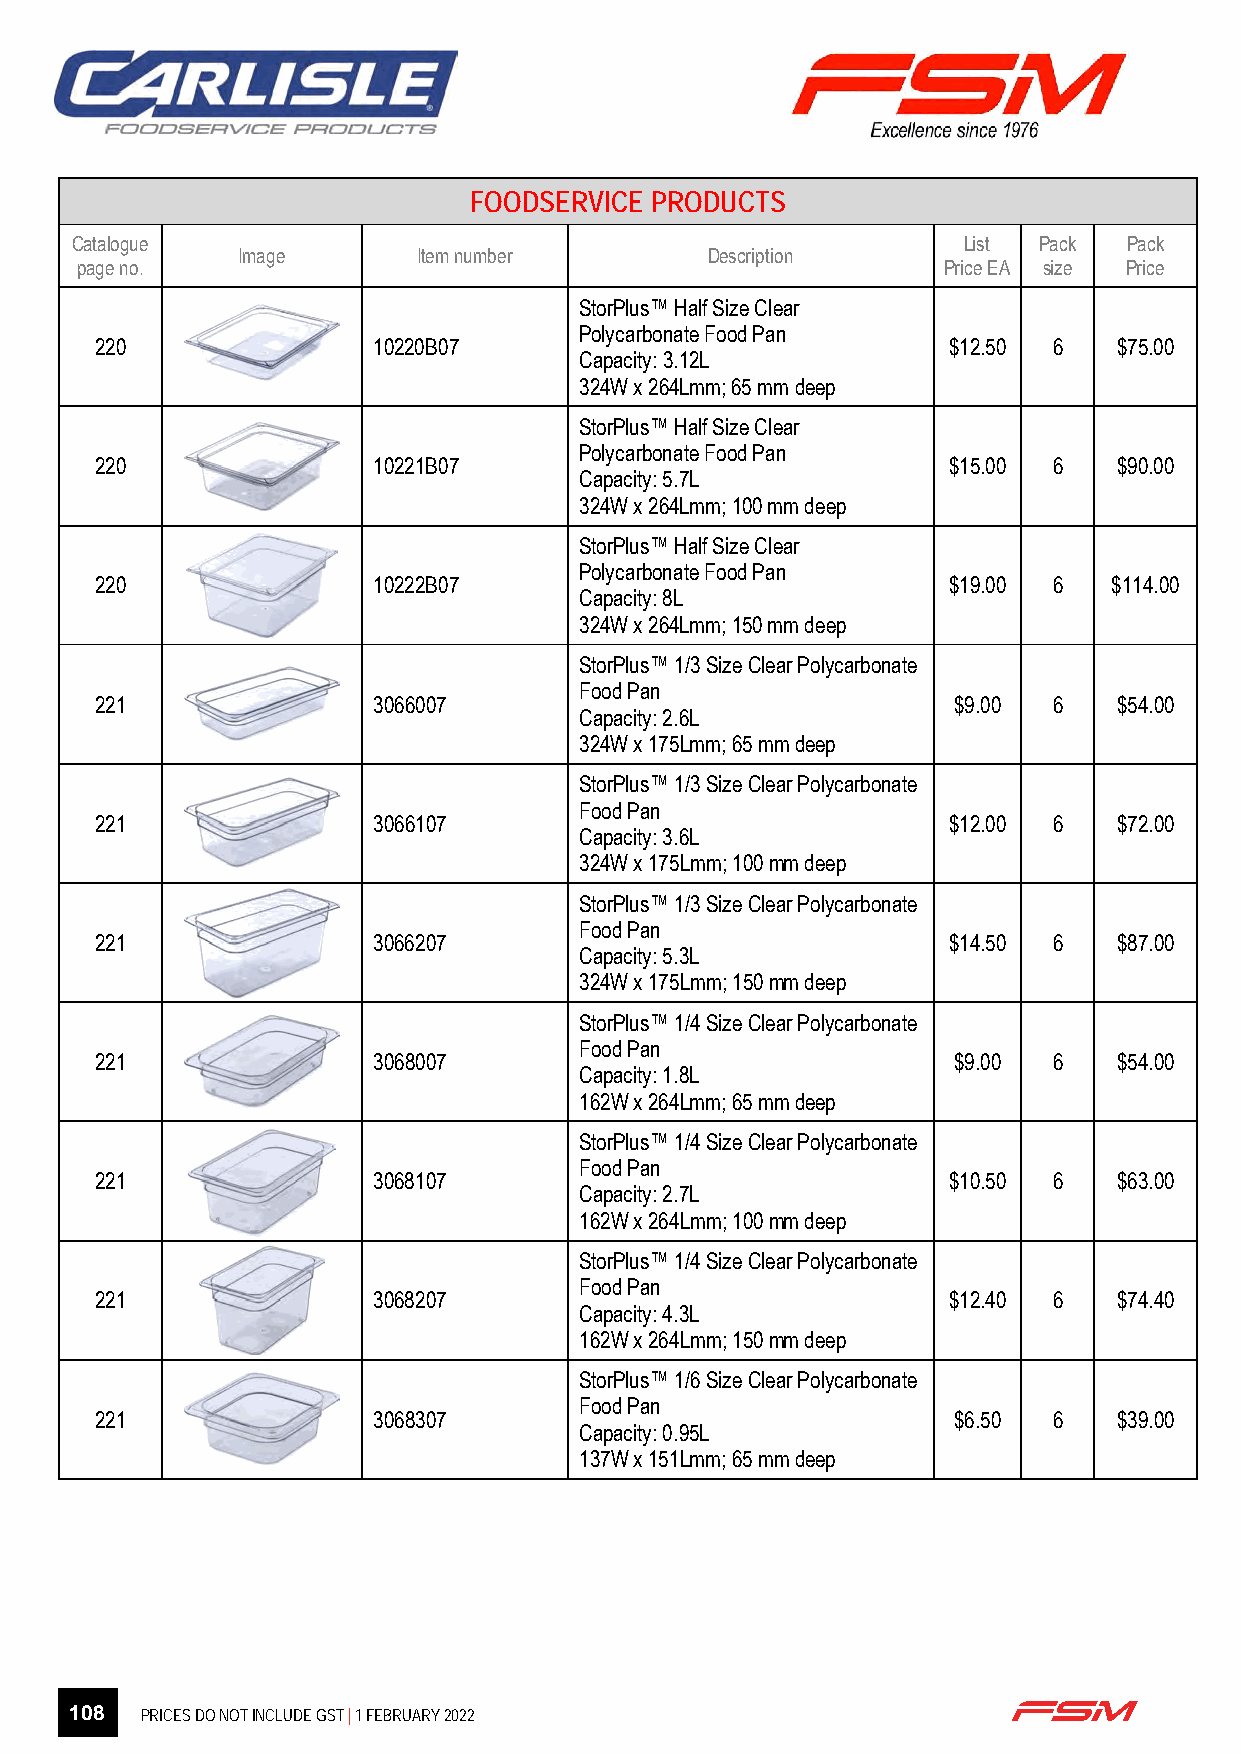
FOODSERVICE PRODUCTS
 Catalogue                                                  List Pack  Pack
 Image       Item number        Description
 page no.                                                 Price EA size Price
 StorPlus™ Half Size Clear
 Polycarbonate Food Pan
 220                10220B07                              $12.50 6   $75.00
 Capacity: 3.12L
 324W x 264Lmm; 65 mm deep
 StorPlus™ Half Size Clear
 Polycarbonate Food Pan
 220                10221B07                              $15.00 6   $90.00
 Capacity: 5.7L
 324W x 264Lmm; 100 mm deep
 StorPlus™ Half Size Clear
 Polycarbonate Food Pan
 220                10222B07                              $19.00 6   $114.00
 Capacity: 8L
 324W x 264Lmm; 150 mm deep
 StorPlus™ 1/3 Size Clear Polycarbonate
 Food Pan
 221                3066007                               $9.00  6   $54.00
 Capacity: 2.6L
 324W x 175Lmm; 65 mm deep
 StorPlus™ 1/3 Size Clear Polycarbonate
 Food Pan
 221                3066107                               $12.00 6   $72.00
 Capacity: 3.6L
 324W x 175Lmm; 100 mm deep
 StorPlus™ 1/3 Size Clear Polycarbonate
 Food Pan
 221                3066207                               $14.50 6   $87.00
 Capacity: 5.3L
 324W x 175Lmm; 150 mm deep
 StorPlus™ 1/4 Size Clear Polycarbonate
 Food Pan
 221                3068007                               $9.00  6   $54.00
 Capacity: 1.8L
 162W x 264Lmm; 65 mm deep
 StorPlus™ 1/4 Size Clear Polycarbonate
 Food Pan
 221                3068107                               $10.50 6   $63.00
 Capacity: 2.7L
 162W x 264Lmm; 100 mm deep
 StorPlus™ 1/4 Size Clear Polycarbonate
 Food Pan
 221                3068207                               $12.40 6   $74.40
 Capacity: 4.3L
 162W x 264Lmm; 150 mm deep
 StorPlus™ 1/6 Size Clear Polycarbonate
 Food Pan
 221                3068307                               $6.50  6   $39.00
 Capacity: 0.95L
 137W x 151Lmm; 65 mm deep
 Page 6 of 27
 108 PRICES DO NOT INCLUDE GST | 1 FEBRUARY 2022